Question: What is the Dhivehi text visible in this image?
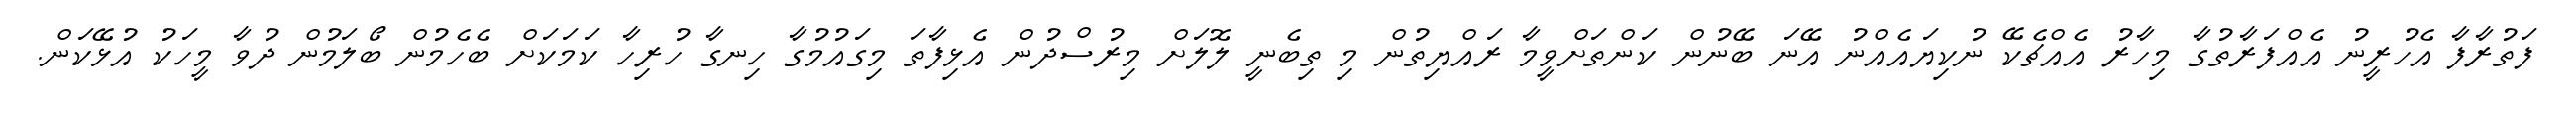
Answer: ފަތުރާފާ އެހުރީނު އެއްފަރާތުގާ މިހާރު އެއްޗެކޭ ނުކިޔައެއްނު އޭނަ ބޭނުން ކަންތަށްވީމާ ރައްޔިތުން މި ތިބެނީ ލޮލަށް މިރުސްދުން އެޅިފާތަ މިގައުމުގާ ހިނގާ ހުރިހާ ކަމަކަށް ބެހެމުން ބޯލަމުން ދުވާ މީހަކު އުޅޭކަން.